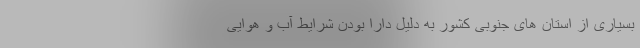
بسیاری از استان های جنوبی کشور به دلیل دارا بودن شرایط آب و هوایی